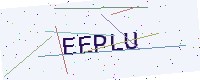
Text: EEPLU